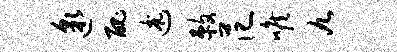
邈丑述敕范喉九